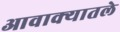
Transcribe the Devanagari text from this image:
आवाक्यातले